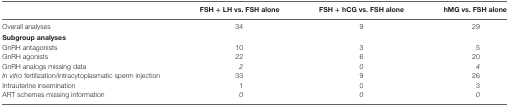
<table><thead><tr><td>[EMPTY_CELL]</td><td><b>FSH + LH vs. FSH alone</b></td><td><b>FSH + hCG vs. FSH alone</b></td><td><b>hMG vs. FSH alone</b></td></tr></thead><tbody><tr><td>Overall analyses</td><td>34</td><td>9</td><td>29</td></tr><tr><td colspan="4"><b>Subgroup analyses</b></td></tr><tr><td>GnRH antagonists</td><td>10</td><td>3</td><td>5</td></tr><tr><td>GnRH agonists</td><td>22</td><td>6</td><td>20</td></tr><tr><td>GnRH analogs missing data</td><td><i>2</i></td><td><i>0</i></td><td><i>4</i></td></tr><tr><td><i>In vitro</i> fertilization/intracytoplasmatic sperm injection</td><td>33</td><td>9</td><td>26</td></tr><tr><td>Intrauterine insemination</td><td>1</td><td>0</td><td>3</td></tr><tr><td>ART schemes missing information</td><td><i>0</i></td><td><i>0</i></td><td><i>0</i></td></tr></tbody></table>